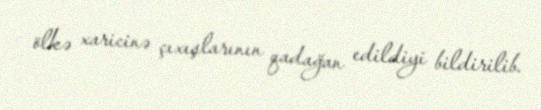
ölkə xaricinə çıxışlarının qadağan edildiyi bildirilib.